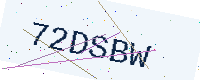
Text: 72DSBW